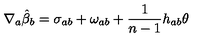
\nabla _ { a } \hat { \beta } _ { b } = \sigma _ { a b } + \omega _ { a b } + \frac { 1 } { n - 1 } h _ { a b } \theta